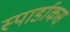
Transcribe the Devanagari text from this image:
स्पार्डाकस